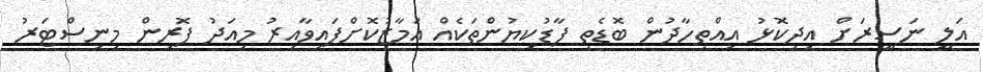
އަލީ ނަސީރަށް އިދިކޮޅު އިއްތިހާދުން ބޮޑެތި ފާޑުކިޔުންތަކެއް އަމާޒުކޮށްފައިވާއިރު މިއަދު ފޮރިން މިނިސްޓަރު